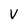
Character: V